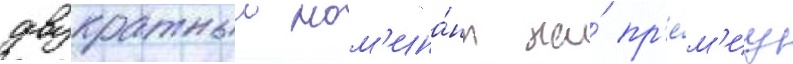
двукратныи ном'ина́нт на́ пр'е́м'иу